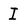
Character: I